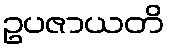
ဥပဇာယတိ